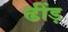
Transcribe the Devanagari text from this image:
ढींड़